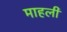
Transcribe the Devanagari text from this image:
माहली